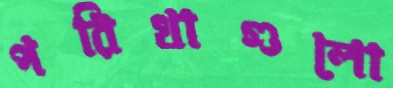
পরিখাগুলো